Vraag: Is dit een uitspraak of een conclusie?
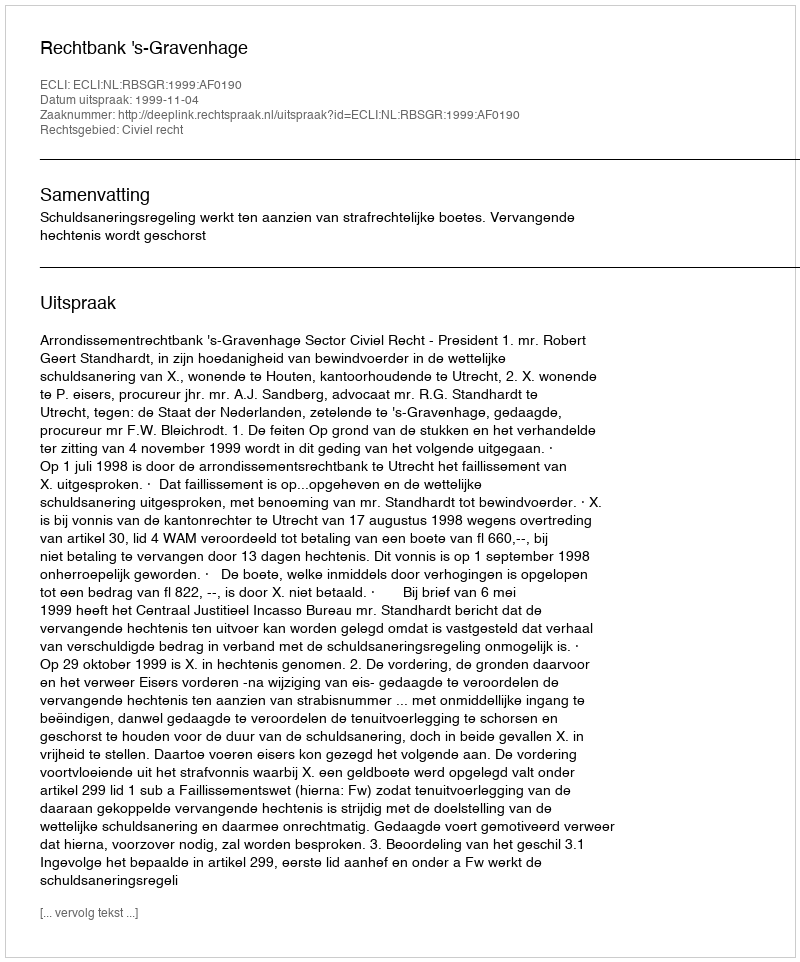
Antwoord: Uitspraak